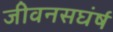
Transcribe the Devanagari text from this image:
जीवनसघंर्ष